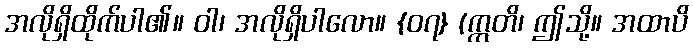
အလိုရှိထိုက်ပါ၏။ ဝါ၊ အလိုရှိပါလော။ {၀၇} (ဣတိ၊ ဤသို့။ အထာပိ